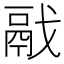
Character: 𩰭